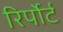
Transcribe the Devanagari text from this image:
रिर्पोर्ट